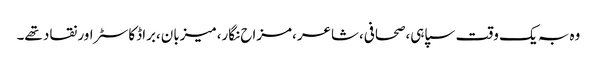
وہ بہ یک وقت سپاہی،صحافی،شاعر،مزاح نگار،میزبان،براڈکاسٹر اور نقاد تھے۔